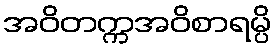
အဝိတက္ကအဝိစာရမ္ပိ